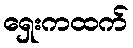
ရှေးကထက်